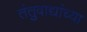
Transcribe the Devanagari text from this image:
तंतुवाद्यांच्या